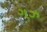
ગઝ